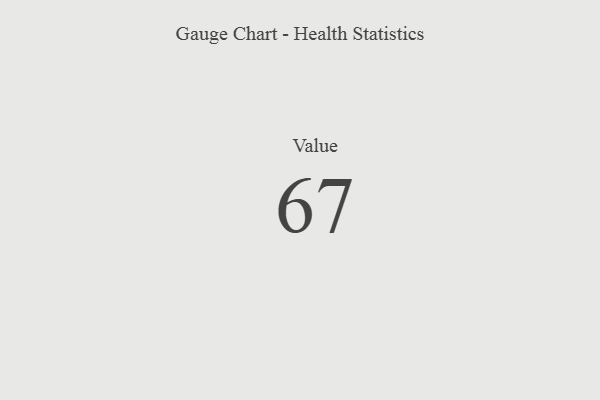
{"axis": {"x": "Metric", "y": "Value"}, "legend": [""], "data": [{"x": "Value", "y": 67, "type": ""}]}